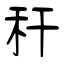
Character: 秆